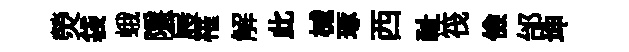
熒袋蛾隱屐罹解此械琢西祉筏儉邰坤